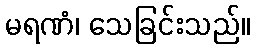
မရဏံ၊ သေခြင်းသည်။